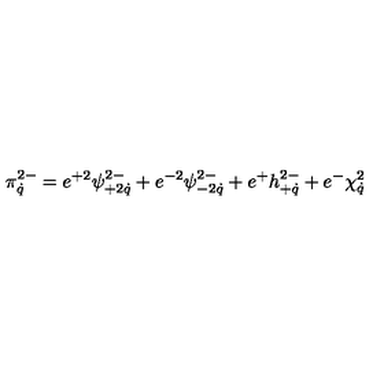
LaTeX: \pi _ { \dot { q } } ^ { 2 - } = e ^ { + 2 } \psi _ { + 2 \dot { q } } ^ { 2 - } + e ^ { - 2 } \psi _ { - 2 \dot { q } } ^ { 2 - } + e ^ { + } h _ { + \dot { q } } ^ { 2 - } + e ^ { - } \chi _ { \dot { q } } ^ { 2 }